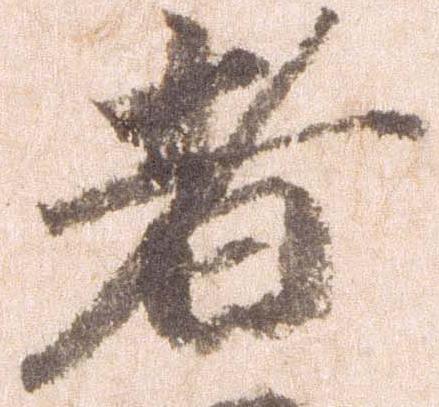
者